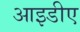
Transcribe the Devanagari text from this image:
आइडीए